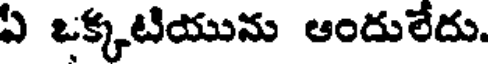
ఏ ఒక్కటియును ఆందులేదు.